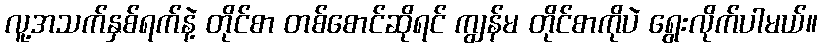
လူ့အသက်နှစ်ရက်နဲ့ တိုင်စာ တစ်စောင်ဆိုရင် ကျွန်မ တိုင်စာကိုပဲ ရွေးလိုက်ပါမယ်။